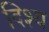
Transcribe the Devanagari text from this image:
दिश्य